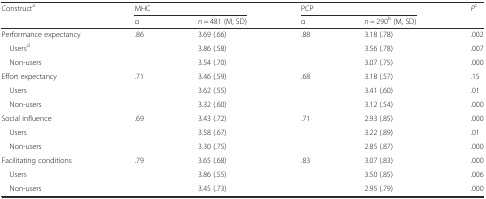
| <ROWSPAN=2> Constructa | <COLSPAN=2> MHC | <COLSPAN=2> PCP | Pc |
 | α | n = 481 (M, SD) | α | n = 290b (M, SD) |  |
 | --- | --- | --- | --- | --- | --- |
 | Performance expectancy | .86 | 3.69 (.66) | .88 | 3.18 (.78) | .002 |
 | Usersd |  | 3.86 (.58) |  | 3.56 (.78) | .007 |
 | Non-users |  | 3.54 (.70) |  | 3.07 (.75) | .000 |
 | Effort expectancy | .71 | 3.46 (.59) | .68 | 3.18 (.57) | .15 |
 | Users |  | 3.62 (.55) |  | 3.41 (.60) | .01 |
 | Non-users |  | 3.32 (.60) |  | 3.12 (.54) | .000 |
 | Social influence | .69 | 3.43 (.72) | .71 | 2.93 (.85) | .000 |
 | Users |  | 3.58 (.67) |  | 3.22 (.89) | .01 |
 | Non-users |  | 3.30 (.75) |  | 2.85 (.87) | .000 |
 | Facilitating conditions | .79 | 3.65 (.68) | .83 | 3.07 (.83) | .000 |
 | Users |  | 3.86 (.55) |  | 3.50 (.85) | .006 |
 | Non-users |  | 3.45 (.73) |  | 2.95 (.79) | .000 |